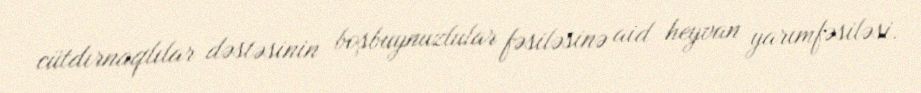
cütdırnaqlılar dəstəsinin boşbuynuzlular fəsiləsinə aid heyvan yarımfəsiləsi.